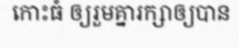
កោះធំ ឲ្យរួមគ្នារក្សាឲ្យបាន